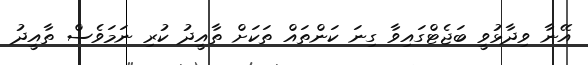
އޭނާ ވިދާޅުވީ ބަޖެޓްގައިވާ ގިނަ ކަންތައް ތަކަށް ތާއީދު ކުރި ނަމަވެސް ތާއީދު